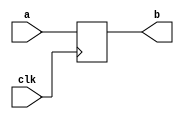
`timescale 1ns / 1ps
//////////////////////////////////////////////////////////////////////////////////
// Company: NIST
// 
// Design Name: Buffer with clock signal 
// Module Name: bufwithclock
// 
// Revision:
// Revision 0.01 - File Created

//////////////////////////////////////////////////////////////////////////////////


module bufwithclock(
    input a,
    input clk,
    output reg b
    );
    
    always@(posedge clk)
    b<=a;
endmodule